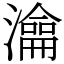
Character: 㵸